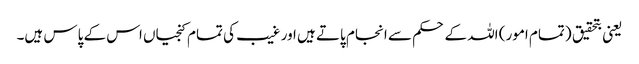
یعنی بتحقیق (تمام امور) اللہ کے حکم سے انجام پاتے ہیں اور غیب کی تمام کنجیاں اس کے پاس ہیں۔